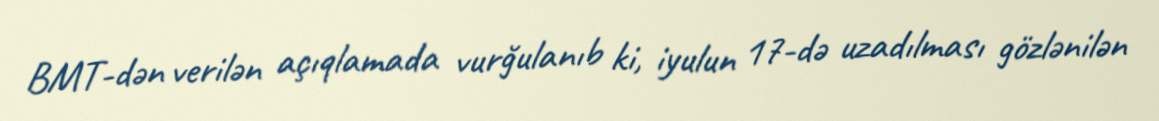
BMT-dən verilən açıqlamada vurğulanıb ki, iyulun 17-də uzadılması gözlənilən